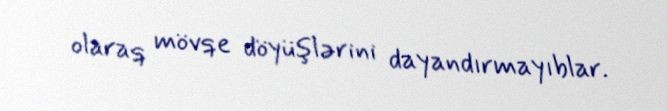
olaraq mövqe döyüşlərini dayandırmayıblar.